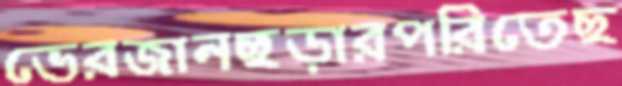
ভেরজানছড়ারপরিতেছ